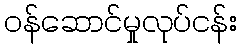
ဝန်ဆောင်မှုလုပ်ငန်း